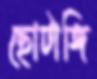
ছোটাঙ্গি